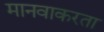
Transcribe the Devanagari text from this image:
मानवाकरता